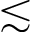
\lesssim